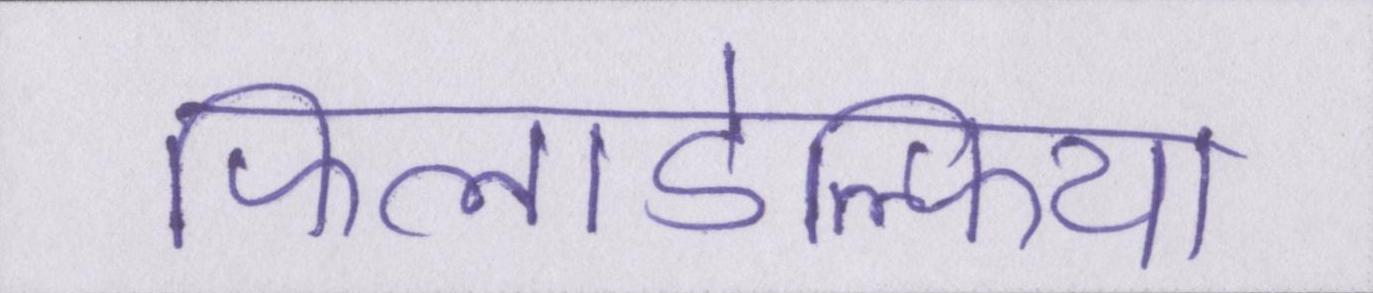
फिलाडेल्फिया